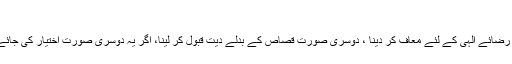
معافی کی دو صورتیں ہیں :
ایک بغیر مالی معاوضہ، یعنی دیت لئے بغیر ہی محض رضائے الٰہی کے لئے معاف کر دینا ، دوسری صورت قصاص کے بدلے دیت قبول کر لینا، اگر یہ دوسری صورت اختیار کی جائے تو کہا جارہا ہے کہ طالب دیت بھلائی کی اتباع کرے۔